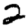
Digit: 2